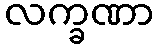
လက္ခဏာ